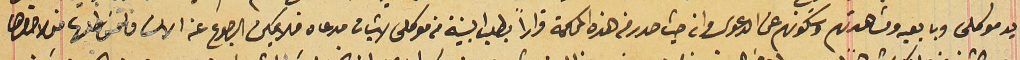
يد موكلى وبايعيه ومشاهدتهم وسَكونهم عن الدعوى وان حيث صدر من هذه المحاكمة قراراً بطلب البينة من موكلى لاثبات مدعاه فلا يمكن الرجوع عنه الان فالتمسَ طلبها منها لاحضارها